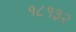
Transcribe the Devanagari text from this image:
१८१३२